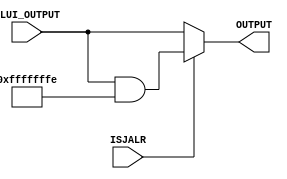
module isJALR (
	
	input wire ISJALR,
	input wire[31:0] ALUI_OUTPUT,

	output wire[31:0] OUTPUT

	);

	reg[31:0] _OUTPUT;
	assign OUTPUT = _OUTPUT;

	always@ (*) begin
		if (ISJALR == 1) _OUTPUT = ALUI_OUTPUT & 32'hfffffffe;
		else  _OUTPUT = ALUI_OUTPUT;
	end

endmodule